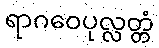
ရာဂဝေပုလ္လတ္တံ